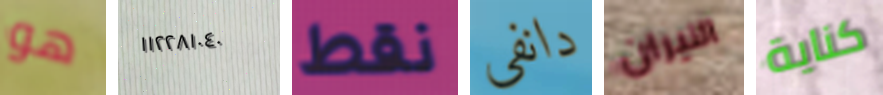
هو ١١٢٢٨١٠٤٠ نقط دانفي النيران كناية